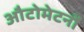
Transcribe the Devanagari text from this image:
औटोमेटनों